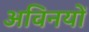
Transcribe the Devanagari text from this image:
अविनयों